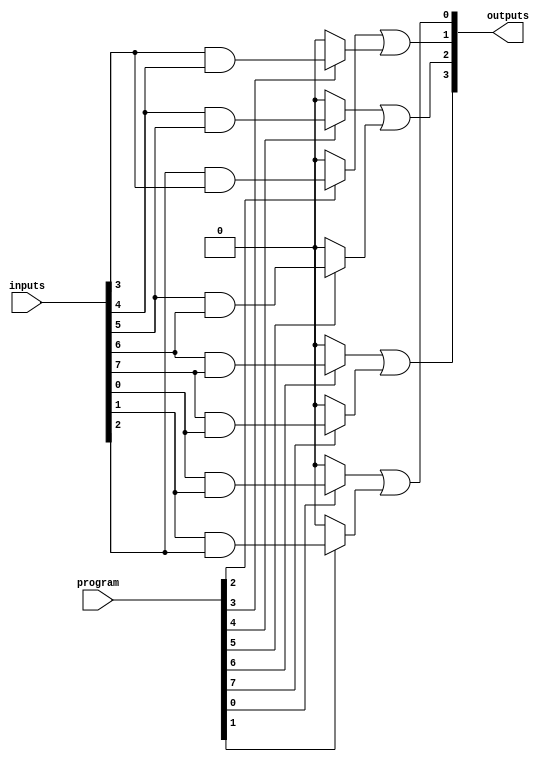
module FlashProgrammablePAL #(
    parameter NUM_INPUTS = 8,  // Number of input lines
    parameter NUM_OUTPUTS = 4, // Number of output lines
    parameter NUM_AND_TERMS = 16 // Number of product terms in the AND array
)(
    input  wire [NUM_INPUTS-1:0] inputs,      // Input lines
    input  wire [NUM_AND_TERMS-1:0] program,  // Programmable AND term configuration
    output wire [NUM_OUTPUTS-1:0] outputs      // Output lines
);
    
    // Intermediate signal for AND results
    wire [NUM_AND_TERMS-1:0] and_results;

    // Generate AND gates based on programmable configuration
    genvar i;
    generate
        for (i = 0; i < NUM_AND_TERMS; i = i + 1) begin : and_gate
            assign and_results[i] = program[i] ? 
                (inputs[i % NUM_INPUTS] & inputs[(i + 1) % NUM_INPUTS]) : 0; // Example Logic
        end
    endgenerate

    // Fixed OR array
    wire [NUM_OUTPUTS-1:0] or_outputs;
    assign or_outputs[0] = and_results[0] | and_results[1];    // Example OR logic
    assign or_outputs[1] = and_results[2] | and_results[3];
    assign or_outputs[2] = and_results[4] | and_results[5];
    assign or_outputs[3] = and_results[6] | and_results[7];

    // Output stage - driving final outputs
    assign outputs = or_outputs;

endmodule